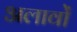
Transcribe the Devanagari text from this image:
अलावों